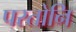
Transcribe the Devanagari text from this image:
परतोनि